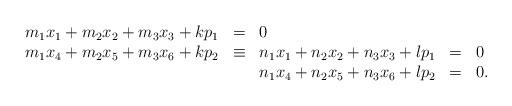
LaTeX: \begin{align*}\begin{array}{rclcl}m_1x_1 + m_2x_2 + m_3x_3 + kp_1 & = & 0 \\m_1x_4 + m_2x_5 + m_3x_6 + kp_2 & \equiv & n_1x_1 + n_2x_2 + n_3x_3 + lp_1 & = & 0 \\&& n_1x_4 + n_2x_5 + n_3x_6 + lp_2 & = & 0.\end{array}\end{align*}